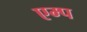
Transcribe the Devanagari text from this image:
एम्प